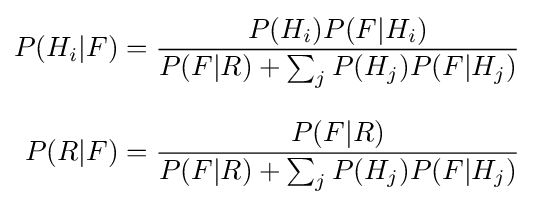
{\begin{aligned}P(H_{i}|F)&={\frac {P(H_{i})P(F|H_{i})}{P(F|R)+\sum _{j}{P(H_{j})P(F|H_{j})}}}\\[8pt]P(R|F)&={\frac {P(F|R)}{P(F|R)+\sum _{j}{P(H_{j})P(F|H_{j})}}}\end{aligned}}